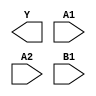
module sky130_fd_sc_ls__o21ai (
    Y ,
    A1,
    A2,
    B1
);

    output Y ;
    input  A1;
    input  A2;
    input  B1;

    // Voltage supply signals
    supply1 VPWR;
    supply0 VGND;
    supply1 VPB ;
    supply0 VNB ;

endmodule